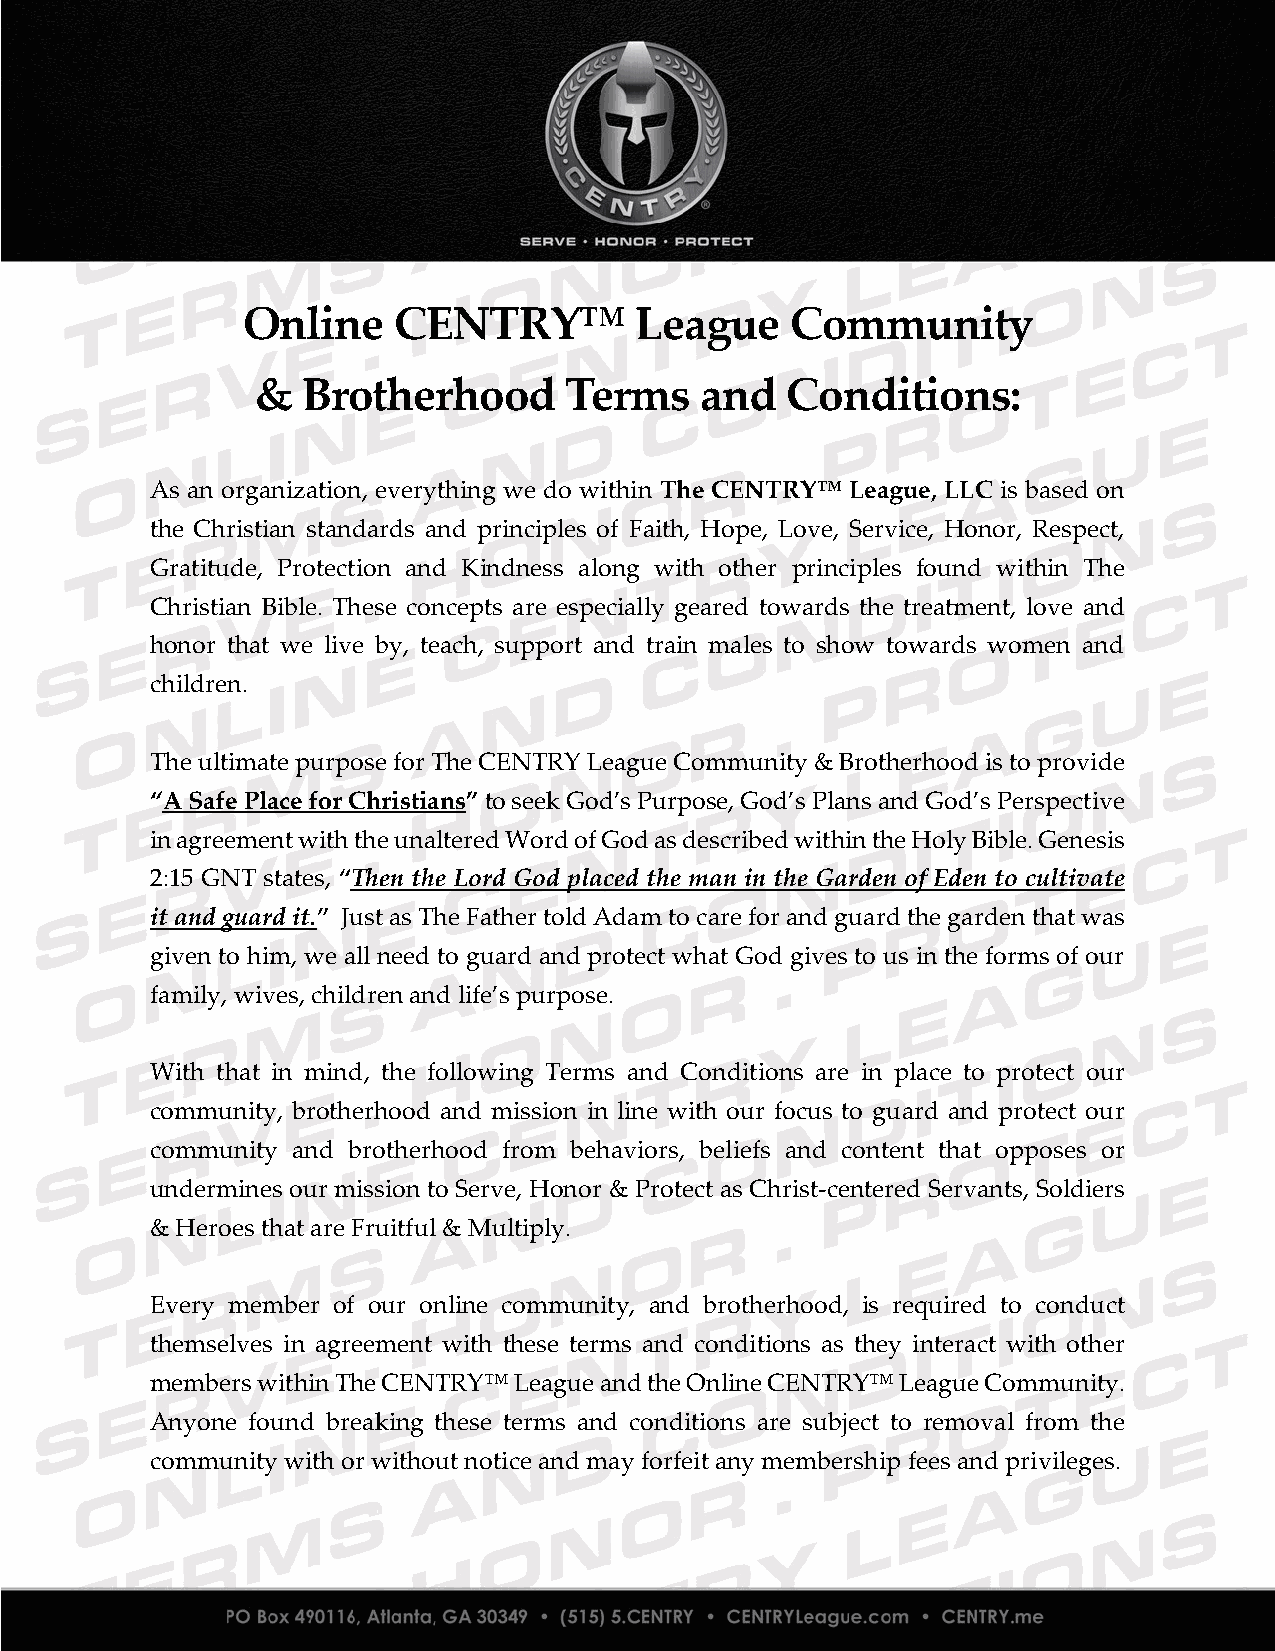
Online    CENTRY™         League    Community
 &  Brotherhood      Terms    and   Conditions:
 As an organization, everything we do within The CENTRY™ League, LLC is based on
 the Christian standards and principles of Faith, Hope, Love, Service, Honor, Respect,
 Gratitude, Protection and Kindness along with other principles found within The
 Christian Bible. These concepts are especially geared towards the treatment, love and
 honor that we live by, teach, support and train males to show towards women and
 children.
 The ultimate purpose for The CENTRY League Community & Brotherhood is to provide
 “A Safe Place for Christians” to seek God’s Purpose, God’s Plans and God’s Perspective
 in agreement with the unaltered Word of God as described within the Holy Bible. Genesis
 2:15 GNT states, “Then the Lord God placed the man in the Garden of Eden to cultivate
 it and guard it.” Just as The Father told Adam to care for and guard the garden that was
 given to him, we all need to guard and protect what God gives to us in the forms of our
 family, wives, children and life’s purpose.
 With that in mind, the following Terms and Conditions are in place to protect our
 community, brotherhood and mission in line with our focus to guard and protect our
 community and brotherhood from behaviors, beliefs and content that opposes or
 undermines our mission to Serve, Honor & Protect as Christ-centered Servants, Soldiers
 & Heroes that are Fruitful & Multiply.
 Every member of our online community, and brotherhood, is required to conduct
 themselves in agreement with these terms and conditions as they interact with other
 members within The CENTRY™ League and the Online CENTRY™ League Community.
 Anyone found breaking these terms and conditions are subject to removal from the
 community with or without notice and may forfeit any membership fees and privileges.